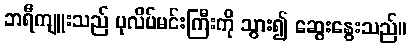
ဘရီကျူးသည် ပုလိပ်မင်းကြီးကို သွား၍ ဆွေးနွေးသည်။